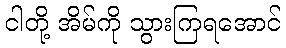
ငါတို့ အိမ်ကို သွားကြရအောင်